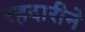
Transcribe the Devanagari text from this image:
रहदारीने